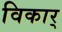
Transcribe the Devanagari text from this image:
विकार्